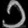
Digit: ၁